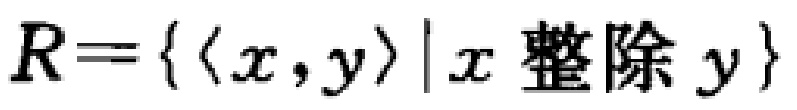
$R = \{ \langle x, y \rangle \mid x \text{ 整除 } y\}$